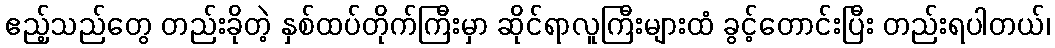
ဧည့်သည်တွေ တည်းခိုတဲ့ နှစ်ထပ်တိုက်ကြီးမှာ ဆိုင်ရာလူကြီးများထံ ခွင့်တောင်းပြီး တည်းရပါတယ်၊